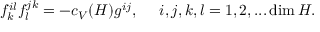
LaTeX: f _ { k } ^ { i l } f _ { l } ^ { j k } = - c _ { V } ( H ) g ^ { i j } , ~ ~ ~ ~ i , j , k , l = 1 , 2 , . . . \dim H .